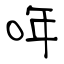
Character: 哖